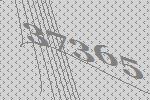
37365